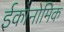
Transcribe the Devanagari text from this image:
ईकोनोमिक